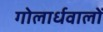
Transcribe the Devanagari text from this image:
गोलार्धवालों